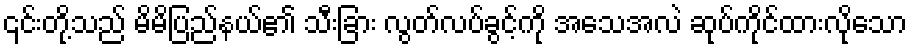
၎င်းတို့သည် မိမိပြည်နယ်၏ သီးခြား လွတ်လပ်ခွင့်ကို အသေအလဲ ဆုပ်ကိုင်ထားလိုသော